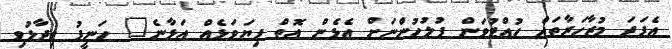
އެފަދަ މުޒާހަރާތައް ހުއްޓުވަން ފުލުހުންނަށް އެޅެން އޮތް ފިޔަވަޅެއް އަޅާނެ" ހަނީފު ވިދާޅުވި